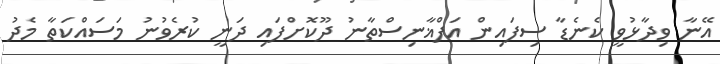
އޭނާ ވިދާޅުވީ ކެނެޑާ ސިފައިން އަފްޣާނިސްތާނު ދޫކޮށްފައި ދަނީ ކުރެވުނު މަސައްކަތާ މެދު